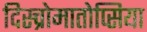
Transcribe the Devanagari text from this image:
दिस्च्रोमातोप्सिया